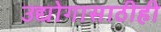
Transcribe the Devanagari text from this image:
उद्योगासाठीही